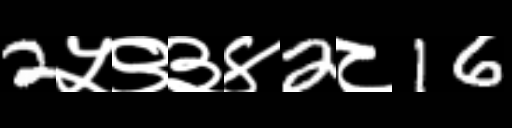
Text: 2५९३४2८16